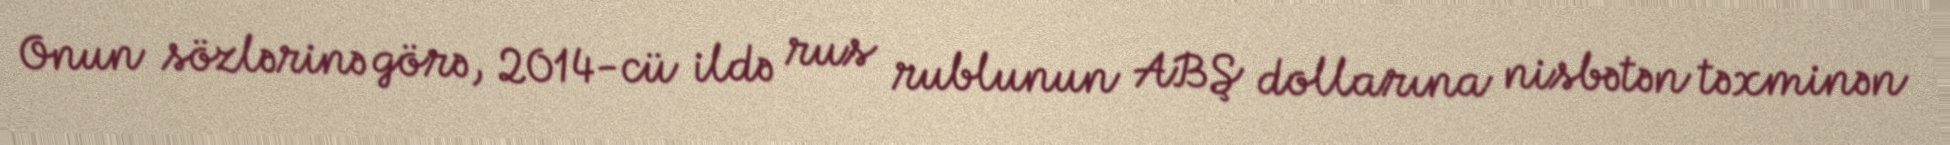
Onun sözlərinə görə, 2014-cü ildə rus rublunun ABŞ dollarına nisbətən təxminən